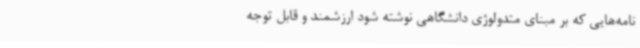
نامه‌هایی که بر مبنای متدولوژی دانشگاهی نوشته شود ارزشمند و قابل توجه